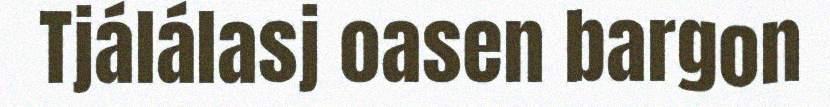
Tjálálasj oasen bargon